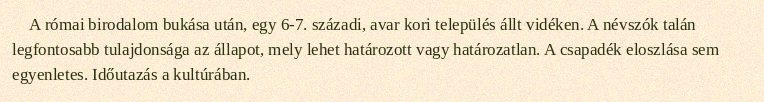
A római birodalom bukása után, egy 6-7. századi, avar kori település állt vidéken. A névszók talán legfontosabb tulajdonsága az állapot, mely lehet határozott vagy határozatlan. A csapadék eloszlása sem egyenletes. Időutazás a kultúrában.